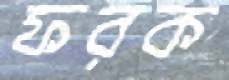
ফরক